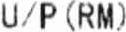
U/P (RM)